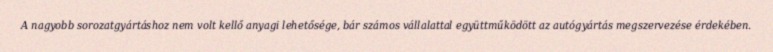
A nagyobb sorozatgyártáshoz nem volt kellő anyagi lehetősége, bár számos vállalattal együttműködött az autógyártás megszervezése érdekében.